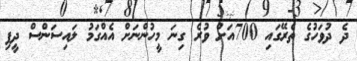
ދެ ދުވަހުގެ ތެރޭގައި 700އަށް ވުރެ ގިނަ މީހުންނަށް އެއްގަމު ލައިސަންސް ދީފި